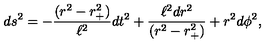
d s ^ { 2 } = - { \frac { ( r ^ { 2 } - r _ { + } ^ { 2 } ) } { \ell ^ { 2 } } } d t ^ { 2 } + { \frac { \ell ^ { 2 } d r ^ { 2 } } { ( r ^ { 2 } - r _ { + } ^ { 2 } ) } } + r ^ { 2 } d \phi ^ { 2 } ,